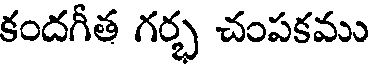
కందగీత గర్భ చంపకము